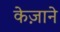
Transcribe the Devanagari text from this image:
केज़ाने